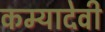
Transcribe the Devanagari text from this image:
कम्यादेवी